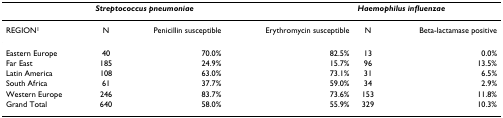
|  | <COLSPAN=3> Streptococcus pneumoniae | <COLSPAN=3> Haemophilus influenzae |
 | --- | --- | --- | --- | --- | --- | --- |
 | REGION1 | N | Penicillin susceptible | Erythromycin susceptible | N | Beta-lactamase positive |
 | Eastern Europe | 40 | 70.0% | 82.5% | 13 | 0.0% |
 | Far East | 185 | 24.9% | 15.7% | 96 | 13.5% |
 | Latin America | 108 | 63.0% | 73.1% | 31 | 6.5% |
 | South Africa | 61 | 37.7% | 59.0% | 34 | 2.9% |
 | Western Europe | 246 | 83.7% | 73.6% | 153 | 11.8% |
 | Grand Total | 640 | 58.0% | 55.9% | 329 | 10.3% |